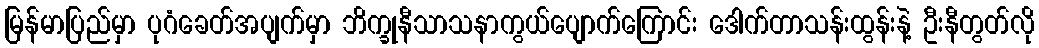
မြန်မာပြည်မှာ ပုဂံခေတ်အပျက်မှာ ဘိက္ခုနီသာသနာကွယ်ပျောက်ကြောင်း ဒေါက်တာသန်းထွန်းနဲ့ ဦးနီတွတ်လို